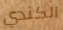
الكندي